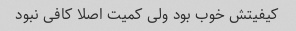
کیفیتش خوب بود ولی کمیت اصلا کافی نبود